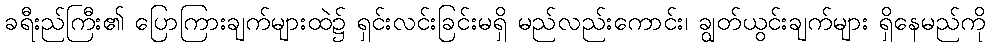
ခရီးည်ကြီး၏ ပြောကြားချက်များထဲ၌ ရှင်းလင်းခြင်းမရှိ မည်လည်းကောင်း၊ ချွတ်ယွင်းချက်များ ရှိနေမည်ကို